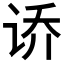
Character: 𫍤